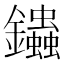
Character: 𨰍